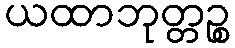
ယထာဘုတ္တဉ္စ